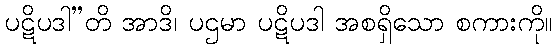
ပဋိပဒါ”တိ အာဒိ၊ ပဌမာ ပဋိပဒါ အစရှိသော စကားကို။